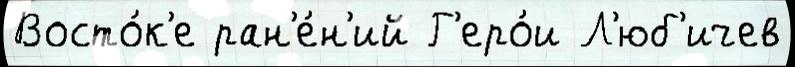
Восто́к'е ран'е́н'ий Г'еро́и Л'юб'ичев